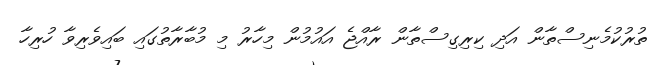
ތުރުކުމެނިސްތާން އަދި ކިރިގިސްތާން ރާއްޖެ އައުމުން މިހާރު މި މުބާރާތުގައި ބައިވެރިވާ ހުރިހާ